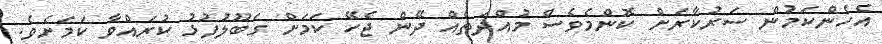
އެހެންކަމުން ސަރުކާރަށް ކޮންމެވެސް މުއްދަތެއް ދޭން ޖެހޭ ކަމަށް ގަބޫލުފުޅު ކުރައްވާ ކަމަށެވެ.